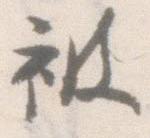
被